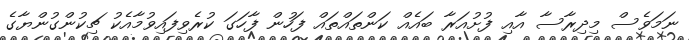
ނަމަވެސް މިދިރާސާ އާއި ފުށުއަރާ ބައެއް ކަންތައްތައް ފަހުން ފާހަގަ ކުރެވިފައިވުމާއެކު ޗިކުންގުންޔާގެ